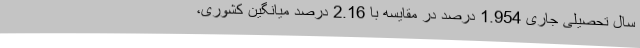
سال تحصیلی جاری 1.954 درصد در مقایسه با 2.16 درصد میانگین کشوری،